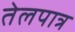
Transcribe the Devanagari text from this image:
तेलपात्र